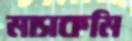
মাসকমি